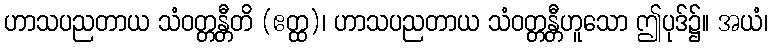
ဟာသပညတာယ သံဝတ္တန္တီတိ (ဧတ္ထ)၊ ဟာသပညတာယ သံဝတ္တန္တီဟူသော ဤပုဒ်၌။ အယံ၊